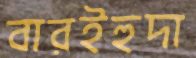
বারইহুদা